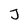
Character: J